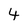
Character: 4